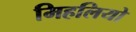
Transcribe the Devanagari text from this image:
मिहलियो